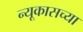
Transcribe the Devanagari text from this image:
न्यूकासच्या